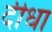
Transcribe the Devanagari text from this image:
दीधा